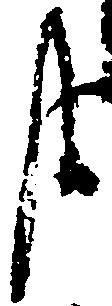
哉